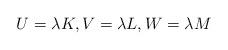
LaTeX: \begin{align*}U = \lambda K, V = \lambda L, W = \lambda M \end{align*}